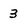
Character: 3